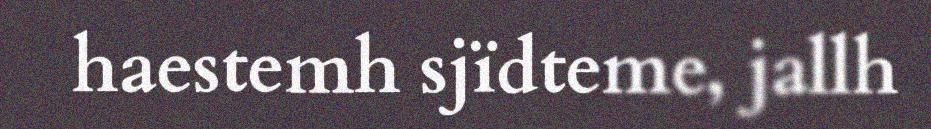
haestemh sjïdteme, jallh